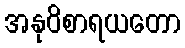
အနုဝိစာရယတော